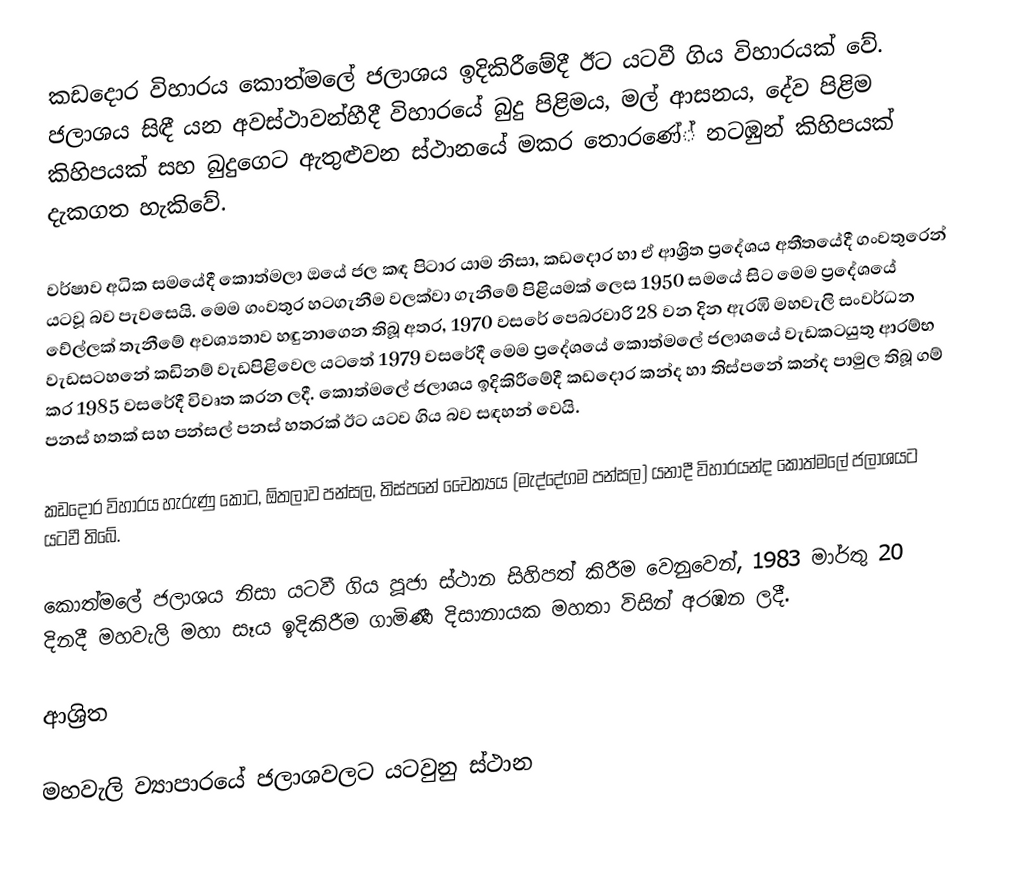
කඩදොර විහාරය කොත්මලේ ජලාශය ඉදිකිරීමේදී ඊට යටවී ගිය විහාරයක් වේ. ජලාශය සිඳී යන අවස්ථාවන්හීදී විහාරයේ බුදු පිළිමය, මල් ආසනය, දේව පිළිම කිහිපයක් සහ බුදුගෙට ඇතුළුවන ස්ථානයේ මකර තොරණේ් නටඹුන් කිහිපයක් දැකගත හැකිවේ.

වර්ෂාව අධික සමයේදී කොත්මලා ඔයේ ජල කඳ පිටාර යාම නිසා, කඩදොර හා ඒ ආශ්‍රිත ප්‍රදේශය අතීතයේදී ගංවතුරෙන් යටවූ බව පැවසෙයි. මෙම ගංවතුර හටගැනීම වලක්වා ගැනීමේ පිළියමක් ලෙස 1950 සමයේ සිට මෙම ප්‍රදේශයේ වේල්ලක් තැනීමේ අවශ්‍යතාව හඳුනාගෙන තිබූ අතර, 1970 වසරේ පෙබරවාරි 28 වන දින ඇරඹි මහවැලි සංවර්ධන වැඩසටහනේ කඩිනම් වැඩපිළිවෙල යටතේ 1979 වසරේදී මෙම ප්‍රදේශයේ කොත්මලේ ජලාශයේ වැඩකටයුතු ආරම්භ කර 1985 වසරේදී විවෘත කරන ලදී. කොත්මලේ ජලාශය ඉදිකිරීමේදී කඩදොර කන්ද හා තිස්පනේ කන්ද පාමුල තිබූ ගම් පනස් හතක් සහ පන්සල් පනස් හතරක් ඊට යටව ගිය බව සඳහන් වෙයි.

කඩදොර විහාරය හැරුණු කොට, ඕතලාව පන්සල, තිස්පනේ චෛත්‍යය (මැද්දේගම පන්සල) යනාදී විහාරයන්ද කොත්මලේ ජලාශයට යටවී තිබේ.

කොත්මලේ ජලාශය නිසා යටවී ගිය පූජා ස්ථාන සිහිපත් කිරීම වෙනුවෙන්, 1983 මාර්තු 20 දිනදී මහවැලි මහා සෑය ඉදිකිරීම ගාමිණී දිසානායක මහතා විසින් අරඹන ලදී.

ආශ්‍රිත

මහවැලි ව්‍යාපාරයේ ජලාශවලට යටවුනු ස්ථාන